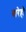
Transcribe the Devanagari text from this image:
बारेही